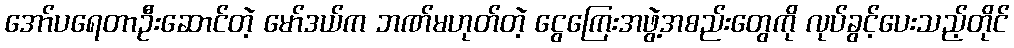
အော်ပရေတာဦးဆောင်တဲ့ မော်ဒယ်က ဘဏ်မဟုတ်တဲ့ ငွေကြေးအဖွဲ့အစည်းတွေကို လုပ်ခွင့်ပေးသည့်တိုင်